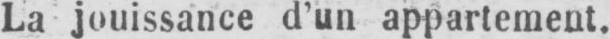
La jouissance d’un appartement.